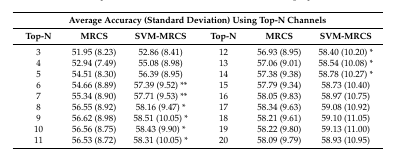
| <COLSPAN=6> Average Accuracy (Standard Deviation) Using Top-N Channels |
 | Top-N | MRCS | SVM-MRCS | Top-N | MRCS | SVM-MRCS |
 | --- | --- | --- | --- | --- | --- |
 | 3 | 51.95 (8.23) | 52.86 (8.41) | 12 | 56.93 (8.95) | 58.40 (10.20) * |
 | 4 | 52.94 (7.49) | 55.08 (8.98) | 13 | 57.06 (9.01) | 58.54 (10.08) * |
 | 5 | 54.51 (8.30) | 56.39 (8.95) | 14 | 57.38 (9.38) | 58.78 (10.27) * |
 | 6 | 54.66 (8.89) | 57.39 (9.52) ** | 15 | 57.79 (9.34) | 58.73 (10.40) |
 | 7 | 55.34 (8.90) | 57.71 (9.53) ** | 16 | 58.05 (9.83) | 58.97 (10.75) |
 | 8 | 56.55 (8.92) | 58.16 (9.47) * | 17 | 58.34 (9.63) | 59.08 (10.92) |
 | 9 | 56.62 (8.98) | 58.51 (10.05) * | 18 | 58.21 (9.61) | 59.10 (11.05) |
 | 10 | 56.56 (8.75) | 58.43 (9.90) * | 19 | 58.22 (9.80) | 59.13 (11.00) |
 | 11 | 56.53 (8.72) | 58.31 (10.05) * | 20 | 58.09 (9.79) | 58.93 (10.95) |